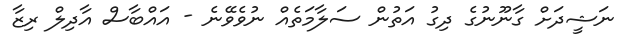
ނަޝީދަށް ގާނޫނުގެ ދިގު އަތުން ސަލާމަތެއް ނުވެވޭނެ - އައްބާސް އާދިލް ރިޒާ